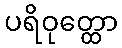
ပရိဝုတ္ထော